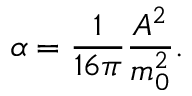
\alpha = \frac { 1 } { 1 6 \pi } \frac { A ^ { 2 } } { m _ { 0 } ^ { 2 } } .